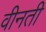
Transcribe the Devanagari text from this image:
वीनती